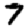
Digit: 7